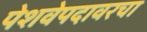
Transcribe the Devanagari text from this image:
पेशवेपदावरचा